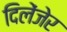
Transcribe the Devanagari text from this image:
दिलेंजेर